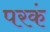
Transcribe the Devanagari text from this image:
परकं